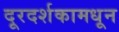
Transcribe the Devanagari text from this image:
दूरदर्शकामधून